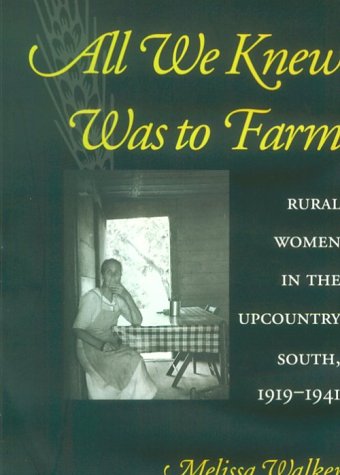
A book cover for All We Knew Was to Farm: Rural Women in the Upcountry South, 1919-1941 (Revisiting Rural America); Melissa Walker; Science & Math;